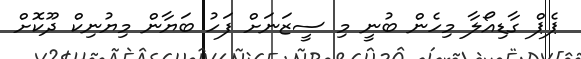
ޕެޕް ގާޑިއޯލާ މިހެން ބުނީ މި ސީޒަނަށް ފަހު ބަޔާން މިޔުނިކް ދޫކޮށް